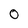
Character: 0